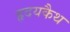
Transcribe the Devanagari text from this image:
हृदयकैथ